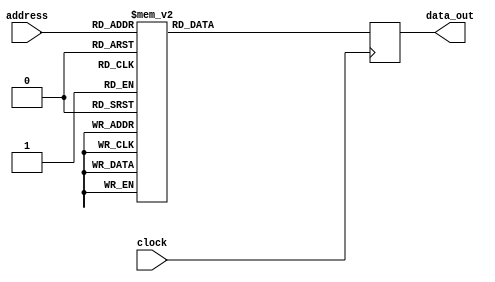
//------------------------------------------------------------------
// Arquivo   : sync_rom_16x4.v
// Projeto   : Experiencia 4 - Projeto de uma Unidade de Controle 
//------------------------------------------------------------------
// Descricao : ROM sincrona 16x4
//             
//------------------------------------------------------------------
// Revisoes  :
//     Data        Versao  Autor             Descricao
//     14/12/2023  1.0     Edson Midorikawa  versao inicial
//------------------------------------------------------------------
//
module sync_rom_16x4 (clock, address, data_out);
    input            clock;
    input      [3:0] address;
    output reg [3:0] data_out;

    always @ (posedge clock)
    begin
        case (address)
            4'b0000: data_out = 4'b0001;
            4'b0001: data_out = 4'b0010;
            4'b0010: data_out = 4'b0100;
            4'b0011: data_out = 4'b1000;
            4'b0100: data_out = 4'b0100;
            4'b0101: data_out = 4'b0010;
            4'b0110: data_out = 4'b0001;
            4'b0111: data_out = 4'b0001;
            4'b1000: data_out = 4'b0010;
            4'b1001: data_out = 4'b0010;
            4'b1010: data_out = 4'b0100;
            4'b1011: data_out = 4'b0100;
            4'b1100: data_out = 4'b1000;
            4'b1101: data_out = 4'b1000;
            4'b1110: data_out = 4'b0001;
            4'b1111: data_out = 4'b0100;
        endcase
    end
endmodule